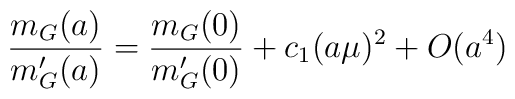
{{m_G(a)} \over {m_G^{\prime}(a)}}={{m_G(0)} \over {m_G^{\prime}(0)}}+c_1 (a\mu)^2 + O(a^4)